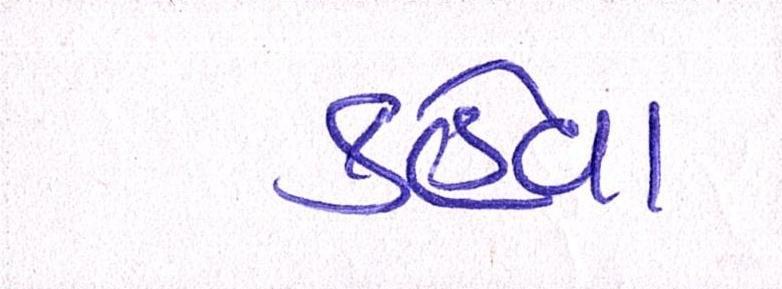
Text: કહેવા